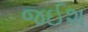
જઈશ